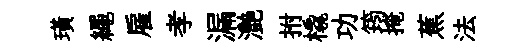
璜繩雇孝漏灧拊橇功筠掩蕉法